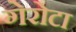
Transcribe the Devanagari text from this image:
गेरोटा